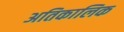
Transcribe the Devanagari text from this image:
अतिकालिक